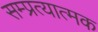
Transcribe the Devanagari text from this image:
सम्प्रत्यात्मक